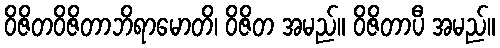
ဝိဇိတဝိဇိတာဘိရာမောတိ၊ ဝိဇိတ အမည်။ ဝိဇိတာပီ အမည်။